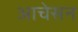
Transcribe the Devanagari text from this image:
आचेसन